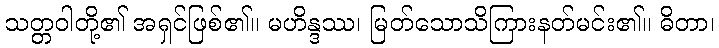
သတ္တဝါတို့၏ အရှင်ဖြစ်၏။ မဟိန္ဒဿ၊ မြတ်သောသိကြားနတ်မင်း၏။ ဓိတာ၊